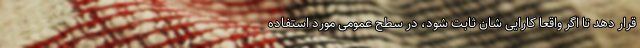
قرار دهد تا اگر واقعاً کارایی شان ثابت شود، در سطح عمومی مورد استفاده